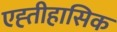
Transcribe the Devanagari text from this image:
एह्तीहासिक